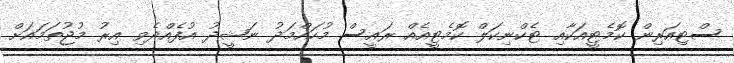
ސްޓިއަރިން ކޮމެޓީއަކާއި ޓެކްނިކަލް ކޮމެޓީއެއް ރައީސް މުހައްމަދު ނަޝީދު އުފެއްދެވި އިރު މުޖުތަމައަށް